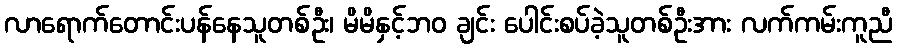
လာရောက်တောင်းပန်နေသူတစ်ဦး၊ မိမိနှင့်ဘဝ ချင်း ပေါင်းစပ်ခဲ့သူတစ်ဦးအား လက်ကမ်းကူညီ